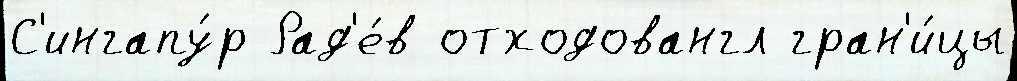
С'ингапу́р Рад'е́в отходовангл гран'и́цы